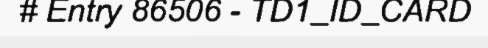
# Entry 86506 - TD1_ID_CARD